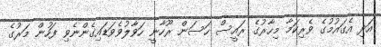
އަދި އެގައުމުގެ ވެރިކަމާ މިހާރުގެ ރައީސް ހަސަން ރޫހާނީ ހަވާލުވެވަޑައިގެންނެވި ފަހުން މަރުގެ